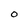
Character: O